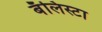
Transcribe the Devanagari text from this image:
बॅलिस्टा